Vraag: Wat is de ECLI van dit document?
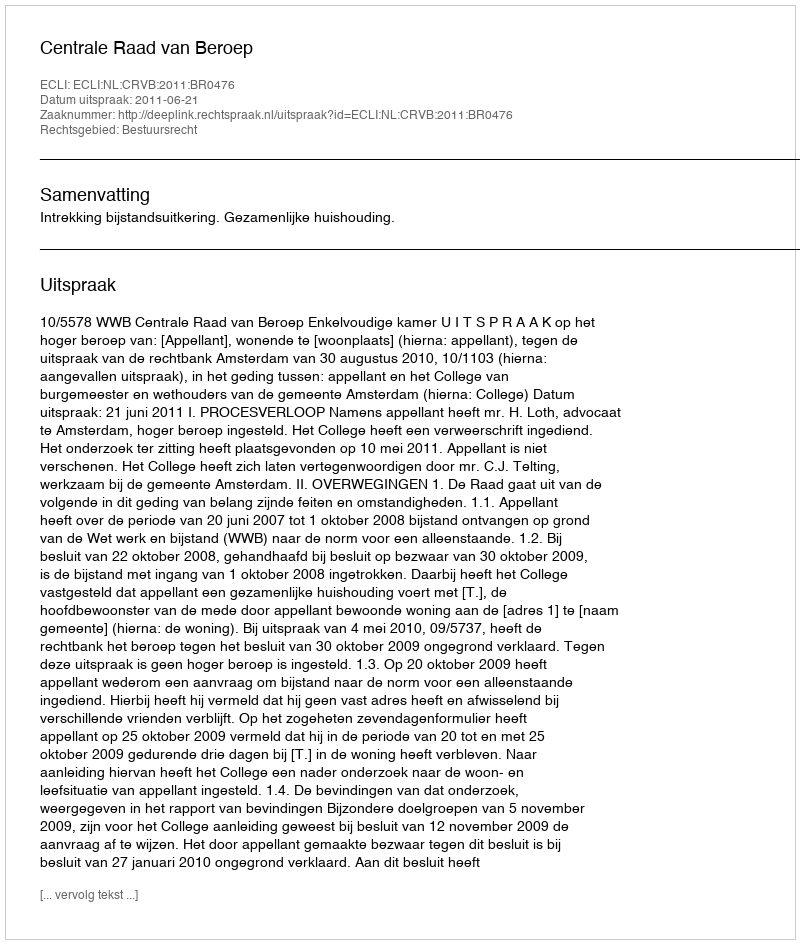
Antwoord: ECLI:NL:CRVB:2011:BR0476